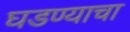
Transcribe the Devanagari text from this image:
घडण्याचा